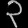
Digit: ၃